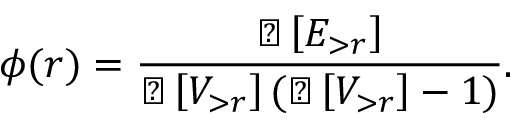
\phi ( r ) = \frac { \sharp \left[ E _ { > r } \right] } { \sharp \left[ V _ { > r } \right] ( \sharp \left[ V _ { > r } \right] - 1 ) } .